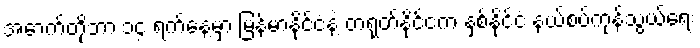
အောက်တိုဘာ ၁၄ ရက်နေ့မှာ မြန်မာနိုင်ငံနဲ့ တရုတ်နိုင်ငံက နှစ်နိုင်ငံ နယ်စပ်ကုန်သွယ်ရေး